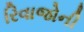
રિવાજોની